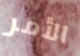
الأمر